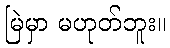
မြဲမှာ မဟုတ်ဘူး။